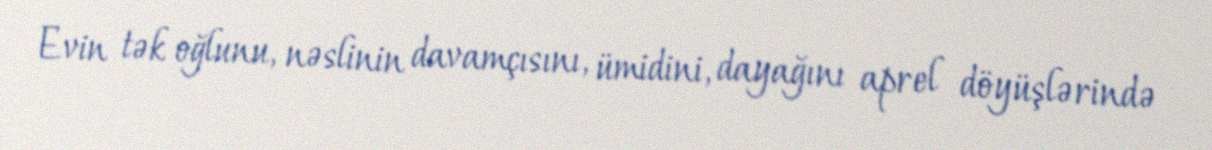
Evin tək oğlunu, nəslinin davamçısını, ümidini, dayağını aprel döyüşlərində